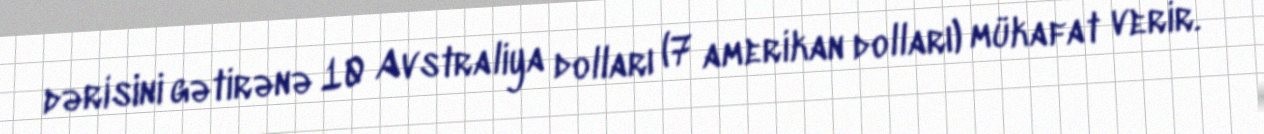
dərisini gətirənə 10 Avstraliya dolları (7 amerikan dolları) mükafat verir.